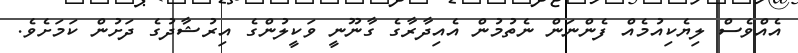
އެއްވެސް ލިޔެކިއުމެއް ފެންނަން ނެތުމުން އެއިދާރާގެ ގާނޫނީ ވަކީލުންގެ އިރުޝާދުގެ ދަށުން ކަމަށެވެ.